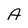
Character: A